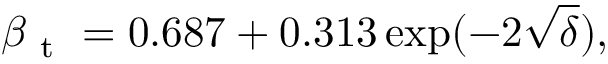
\beta _ { \mathrm { ~ t ~ } } = 0 . 6 8 7 + 0 . 3 1 3 \exp ( - 2 \sqrt { \delta } ) ,